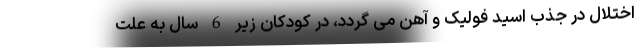
اختلال در جذب اسید فولیک و آهن می گردد، در کودکان زیر 6 سال به علت